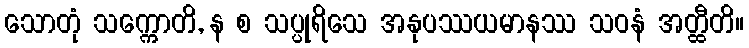
သောတုံ သက္ကောတိ, န စ သပ္ပုရိသေ အနုပဿယမာနဿ သဝနံ အတ္ထီတိ။